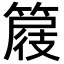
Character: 𥰦